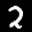
Label: 2